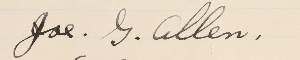
.Joe. J. Allen